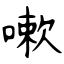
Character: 嗽